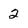
Character: 2